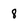
Character: 8